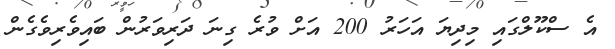
އެ ސްކޫލްގައި މިދިޔަ އަހަރު 200 އަށް ވުރެ ގިނަ ދަރިވަރުން ބައިވެރިވެގެން